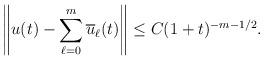
LaTeX: \begin{align*}\left\|u(t)-\sum_{\ell=0}^m\overline{u}_\ell(t)\right\|&\leq C(1+t)^{-m-1/2}.\end{align*}